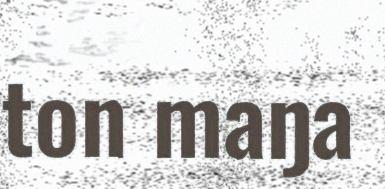
ton maŋa